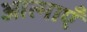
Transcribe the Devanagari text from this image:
आत्‍माएँ